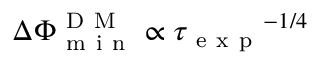
\Delta \Phi _ { \mathrm { ~ m ~ i ~ n ~ } } ^ { \mathrm { ~ D ~ M ~ } } \propto { \tau _ { \mathrm { ~ e ~ x ~ p ~ } } } ^ { - 1 / 4 }